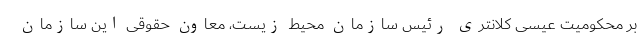
بر محکومیت عیسی کلانتری رئیس سازمان محیط زیست، معاون حقوقی این سازمان